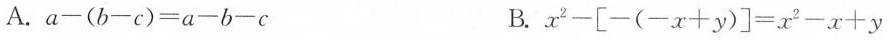
A. $$a - ( b - c ) = a - b - c$$ B. $$x ^ { 2 } - \left [ - ( - x + y ) \right ] = x ^ { 2 } - x + y$$